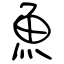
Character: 魚